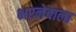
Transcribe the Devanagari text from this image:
भरनेवाला